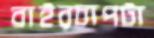
বাইরচাপটা